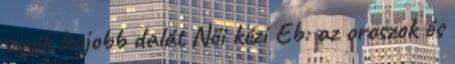
egyik legjobb dalát Női kézi Eb: az oroszok és